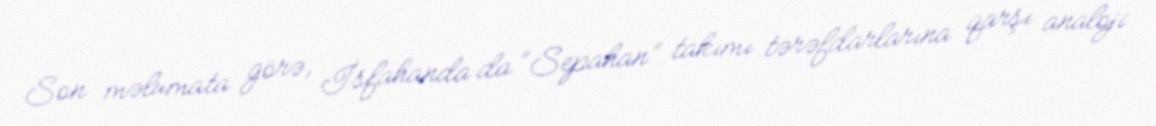
Son məlumata görə, İsfahanda da “Sepahan” takımı tərəfdarlarına qarşı analoji